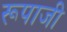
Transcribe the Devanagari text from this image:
रूपाजी